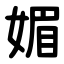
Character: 媚